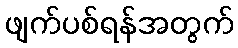
ဖျက်ပစ်ရန်အတွက်